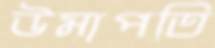
উমাপতি